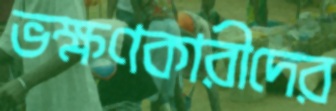
ভক্ষণকারীদের